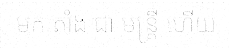
មក តាំង ជា មន្ត្រី ហើយ